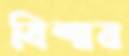
বিশার